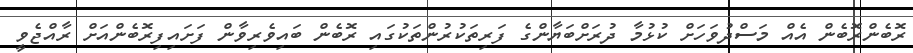
ރޮބެންރޮބެން އެއް މަސްދުވަހަށް ކުޅުމާ ދުރަށްބަޔާންގެ ފަރިތަކުރުންތަކުގައި ރޮބެން ބައިވެރިވާން ފަށައިފިރޮބެންއަށް ރާއްޖެވީ